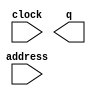
// This program was cloned from: https://github.com/cxdzyq1110/posture_recognition_CNN
// License: GNU General Public License v3.0

// megafunction wizard: %ROM: 1-PORT%VBB%
// GENERATION: STANDARD
// VERSION: WM1.0
// MODULE: altsyncram 

// ============================================================
// Megafunction Name(s):
// 			altsyncram
//
// Simulation Library Files(s):
// 			altera_mf
// ============================================================
// ************************************************************
// THIS IS A WIZARD-GENERATED FILE. DO NOT EDIT THIS FILE!
//
// 14.0.0 Build 200 06/17/2014 SJ Full Version
// ************************************************************

//Copyright (C) 1991-2014 Altera Corporation. All rights reserved.
//Your use of Altera Corporation's design tools, logic functions 
//and other software and tools, and its AMPP partner logic 
//functions, and any output files from any of the foregoing 
//(including device programming or simulation files), and any 
//associated documentation or information are expressly subject 
//to the terms and conditions of the Altera Program License 
//Subscription Agreement, the Altera Quartus II License Agreement,
//the Altera MegaCore Function License Agreement, or other 
//applicable license agreement, including, without limitation, 
//that your use is for the sole purpose of programming logic 
//devices manufactured by Altera and sold by Altera or its 
//authorized distributors.  Please refer to the applicable 
//agreement for further details.

module cordic_factor_Kn_rom_ip (
	address,
	clock,
	q);

	input	[7:0]  address;
	input	  clock;
	output	[63:0]  q;
`ifndef ALTERA_RESERVED_QIS
// synopsys translate_off
`endif
	tri1	  clock;
`ifndef ALTERA_RESERVED_QIS
// synopsys translate_on
`endif

endmodule

// ============================================================
// CNX file retrieval info
// ============================================================
// Retrieval info: PRIVATE: ADDRESSSTALL_A NUMERIC "0"
// Retrieval info: PRIVATE: AclrAddr NUMERIC "0"
// Retrieval info: PRIVATE: AclrByte NUMERIC "0"
// Retrieval info: PRIVATE: AclrOutput NUMERIC "0"
// Retrieval info: PRIVATE: BYTE_ENABLE NUMERIC "0"
// Retrieval info: PRIVATE: BYTE_SIZE NUMERIC "8"
// Retrieval info: PRIVATE: BlankMemory NUMERIC "0"
// Retrieval info: PRIVATE: CLOCK_ENABLE_INPUT_A NUMERIC "0"
// Retrieval info: PRIVATE: CLOCK_ENABLE_OUTPUT_A NUMERIC "0"
// Retrieval info: PRIVATE: Clken NUMERIC "0"
// Retrieval info: PRIVATE: IMPLEMENT_IN_LES NUMERIC "0"
// Retrieval info: PRIVATE: INIT_FILE_LAYOUT STRING "PORT_A"
// Retrieval info: PRIVATE: INIT_TO_SIM_X NUMERIC "0"
// Retrieval info: PRIVATE: INTENDED_DEVICE_FAMILY STRING "Cyclone V"
// Retrieval info: PRIVATE: JTAG_ENABLED NUMERIC "0"
// Retrieval info: PRIVATE: JTAG_ID STRING "NONE"
// Retrieval info: PRIVATE: MAXIMUM_DEPTH NUMERIC "0"
// Retrieval info: PRIVATE: MIFfilename STRING "../../04_scripts/cordic_factor_Kn.mif"
// Retrieval info: PRIVATE: NUMWORDS_A NUMERIC "256"
// Retrieval info: PRIVATE: RAM_BLOCK_TYPE NUMERIC "0"
// Retrieval info: PRIVATE: RegAddr NUMERIC "1"
// Retrieval info: PRIVATE: RegOutput NUMERIC "1"
// Retrieval info: PRIVATE: SYNTH_WRAPPER_GEN_POSTFIX STRING "0"
// Retrieval info: PRIVATE: SingleClock NUMERIC "1"
// Retrieval info: PRIVATE: UseDQRAM NUMERIC "0"
// Retrieval info: PRIVATE: WidthAddr NUMERIC "8"
// Retrieval info: PRIVATE: WidthData NUMERIC "64"
// Retrieval info: PRIVATE: rden NUMERIC "0"
// Retrieval info: LIBRARY: altera_mf altera_mf.altera_mf_components.all
// Retrieval info: CONSTANT: ADDRESS_ACLR_A STRING "NONE"
// Retrieval info: CONSTANT: CLOCK_ENABLE_INPUT_A STRING "BYPASS"
// Retrieval info: CONSTANT: CLOCK_ENABLE_OUTPUT_A STRING "BYPASS"
// Retrieval info: CONSTANT: INIT_FILE STRING "../../04_scripts/cordic_factor_Kn.mif"
// Retrieval info: CONSTANT: INTENDED_DEVICE_FAMILY STRING "Cyclone V"
// Retrieval info: CONSTANT: LPM_HINT STRING "ENABLE_RUNTIME_MOD=NO"
// Retrieval info: CONSTANT: LPM_TYPE STRING "altsyncram"
// Retrieval info: CONSTANT: NUMWORDS_A NUMERIC "256"
// Retrieval info: CONSTANT: OPERATION_MODE STRING "ROM"
// Retrieval info: CONSTANT: OUTDATA_ACLR_A STRING "NONE"
// Retrieval info: CONSTANT: OUTDATA_REG_A STRING "CLOCK0"
// Retrieval info: CONSTANT: WIDTHAD_A NUMERIC "8"
// Retrieval info: CONSTANT: WIDTH_A NUMERIC "64"
// Retrieval info: CONSTANT: WIDTH_BYTEENA_A NUMERIC "1"
// Retrieval info: USED_PORT: address 0 0 8 0 INPUT NODEFVAL "address[7..0]"
// Retrieval info: USED_PORT: clock 0 0 0 0 INPUT VCC "clock"
// Retrieval info: USED_PORT: q 0 0 64 0 OUTPUT NODEFVAL "q[63..0]"
// Retrieval info: CONNECT: @address_a 0 0 8 0 address 0 0 8 0
// Retrieval info: CONNECT: @clock0 0 0 0 0 clock 0 0 0 0
// Retrieval info: CONNECT: q 0 0 64 0 @q_a 0 0 64 0
// Retrieval info: GEN_FILE: TYPE_NORMAL cordic_factor_Kn_rom_ip.v TRUE
// Retrieval info: GEN_FILE: TYPE_NORMAL cordic_factor_Kn_rom_ip.inc FALSE
// Retrieval info: GEN_FILE: TYPE_NORMAL cordic_factor_Kn_rom_ip.cmp FALSE
// Retrieval info: GEN_FILE: TYPE_NORMAL cordic_factor_Kn_rom_ip.bsf FALSE
// Retrieval info: GEN_FILE: TYPE_NORMAL cordic_factor_Kn_rom_ip_inst.v FALSE
// Retrieval info: GEN_FILE: TYPE_NORMAL cordic_factor_Kn_rom_ip_bb.v TRUE
// Retrieval info: LIB_FILE: altera_mf